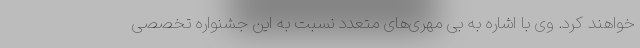
خواهند کرد. وی با اشاره به بی مهری‌های متعدد نسبت به این جشنواره تخصصی